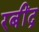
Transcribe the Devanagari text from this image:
रबींद्र